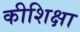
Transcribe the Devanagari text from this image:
कीशिक्षा